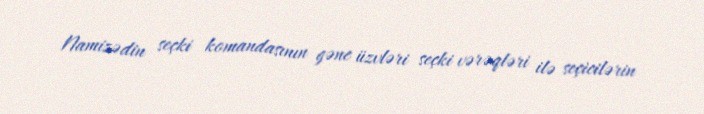
Namizədin seçki komandasının gənc üzvləri seçki vərəqləri ilə seçicilərin